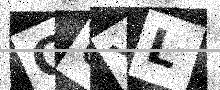
Text: CUYL